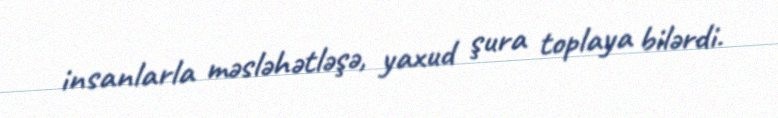
insanlarla məsləhətləşə, yaxud şura toplaya bilərdi.